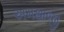
અમથાજી